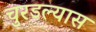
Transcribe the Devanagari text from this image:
चुरडल्यास